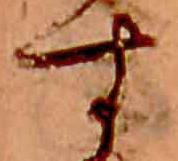
す